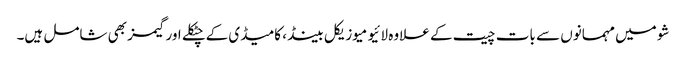
شو میں مہمانوں سے بات چیت کے علاوہ لائیو میوزیکل بینڈ، کامیڈی کےچٹکلے اور گیمز بھی شامل ہیں۔